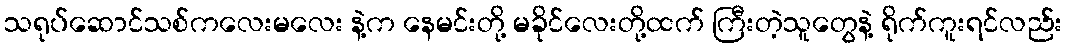
သရုပ်ဆောင်သစ်ကလေးမလေး နဲ့က နေမင်းတို့ မခိုင်လေးတို့ထက် ကြီးတဲ့သူတွေနဲ့ ရိုက်ကူးရင်လည်း